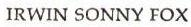
IRWIN SONNY FOX